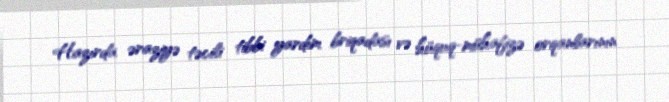
Hazırda əraziyə təcili tibbi yardım briqadası və hüquq-mühafizə orqanlarının